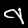
Digit: 9